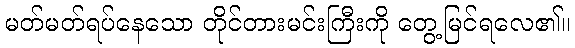
မတ်မတ်ရပ်နေသော တိုင်တားမင်းကြီးကို တွေ့မြင်ရလေ၏။